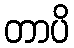
တာပိ